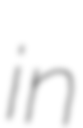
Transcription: in